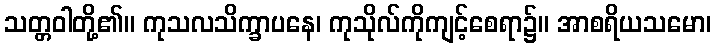
သတ္တဝါတို့၏။ ကုသလသိက္ခာပနေ၊ ကုသိုလ်ကိုကျင့်စေရာ၌။ အာစရိယသမော၊